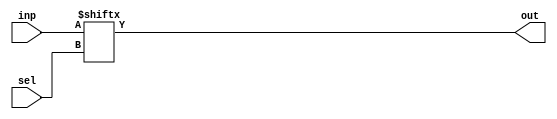
module mux16to1(inp, sel, out);
	input[15:0] inp;
	input[3:0] sel;
	output out;
	assign out = inp[sel]; 
endmodule